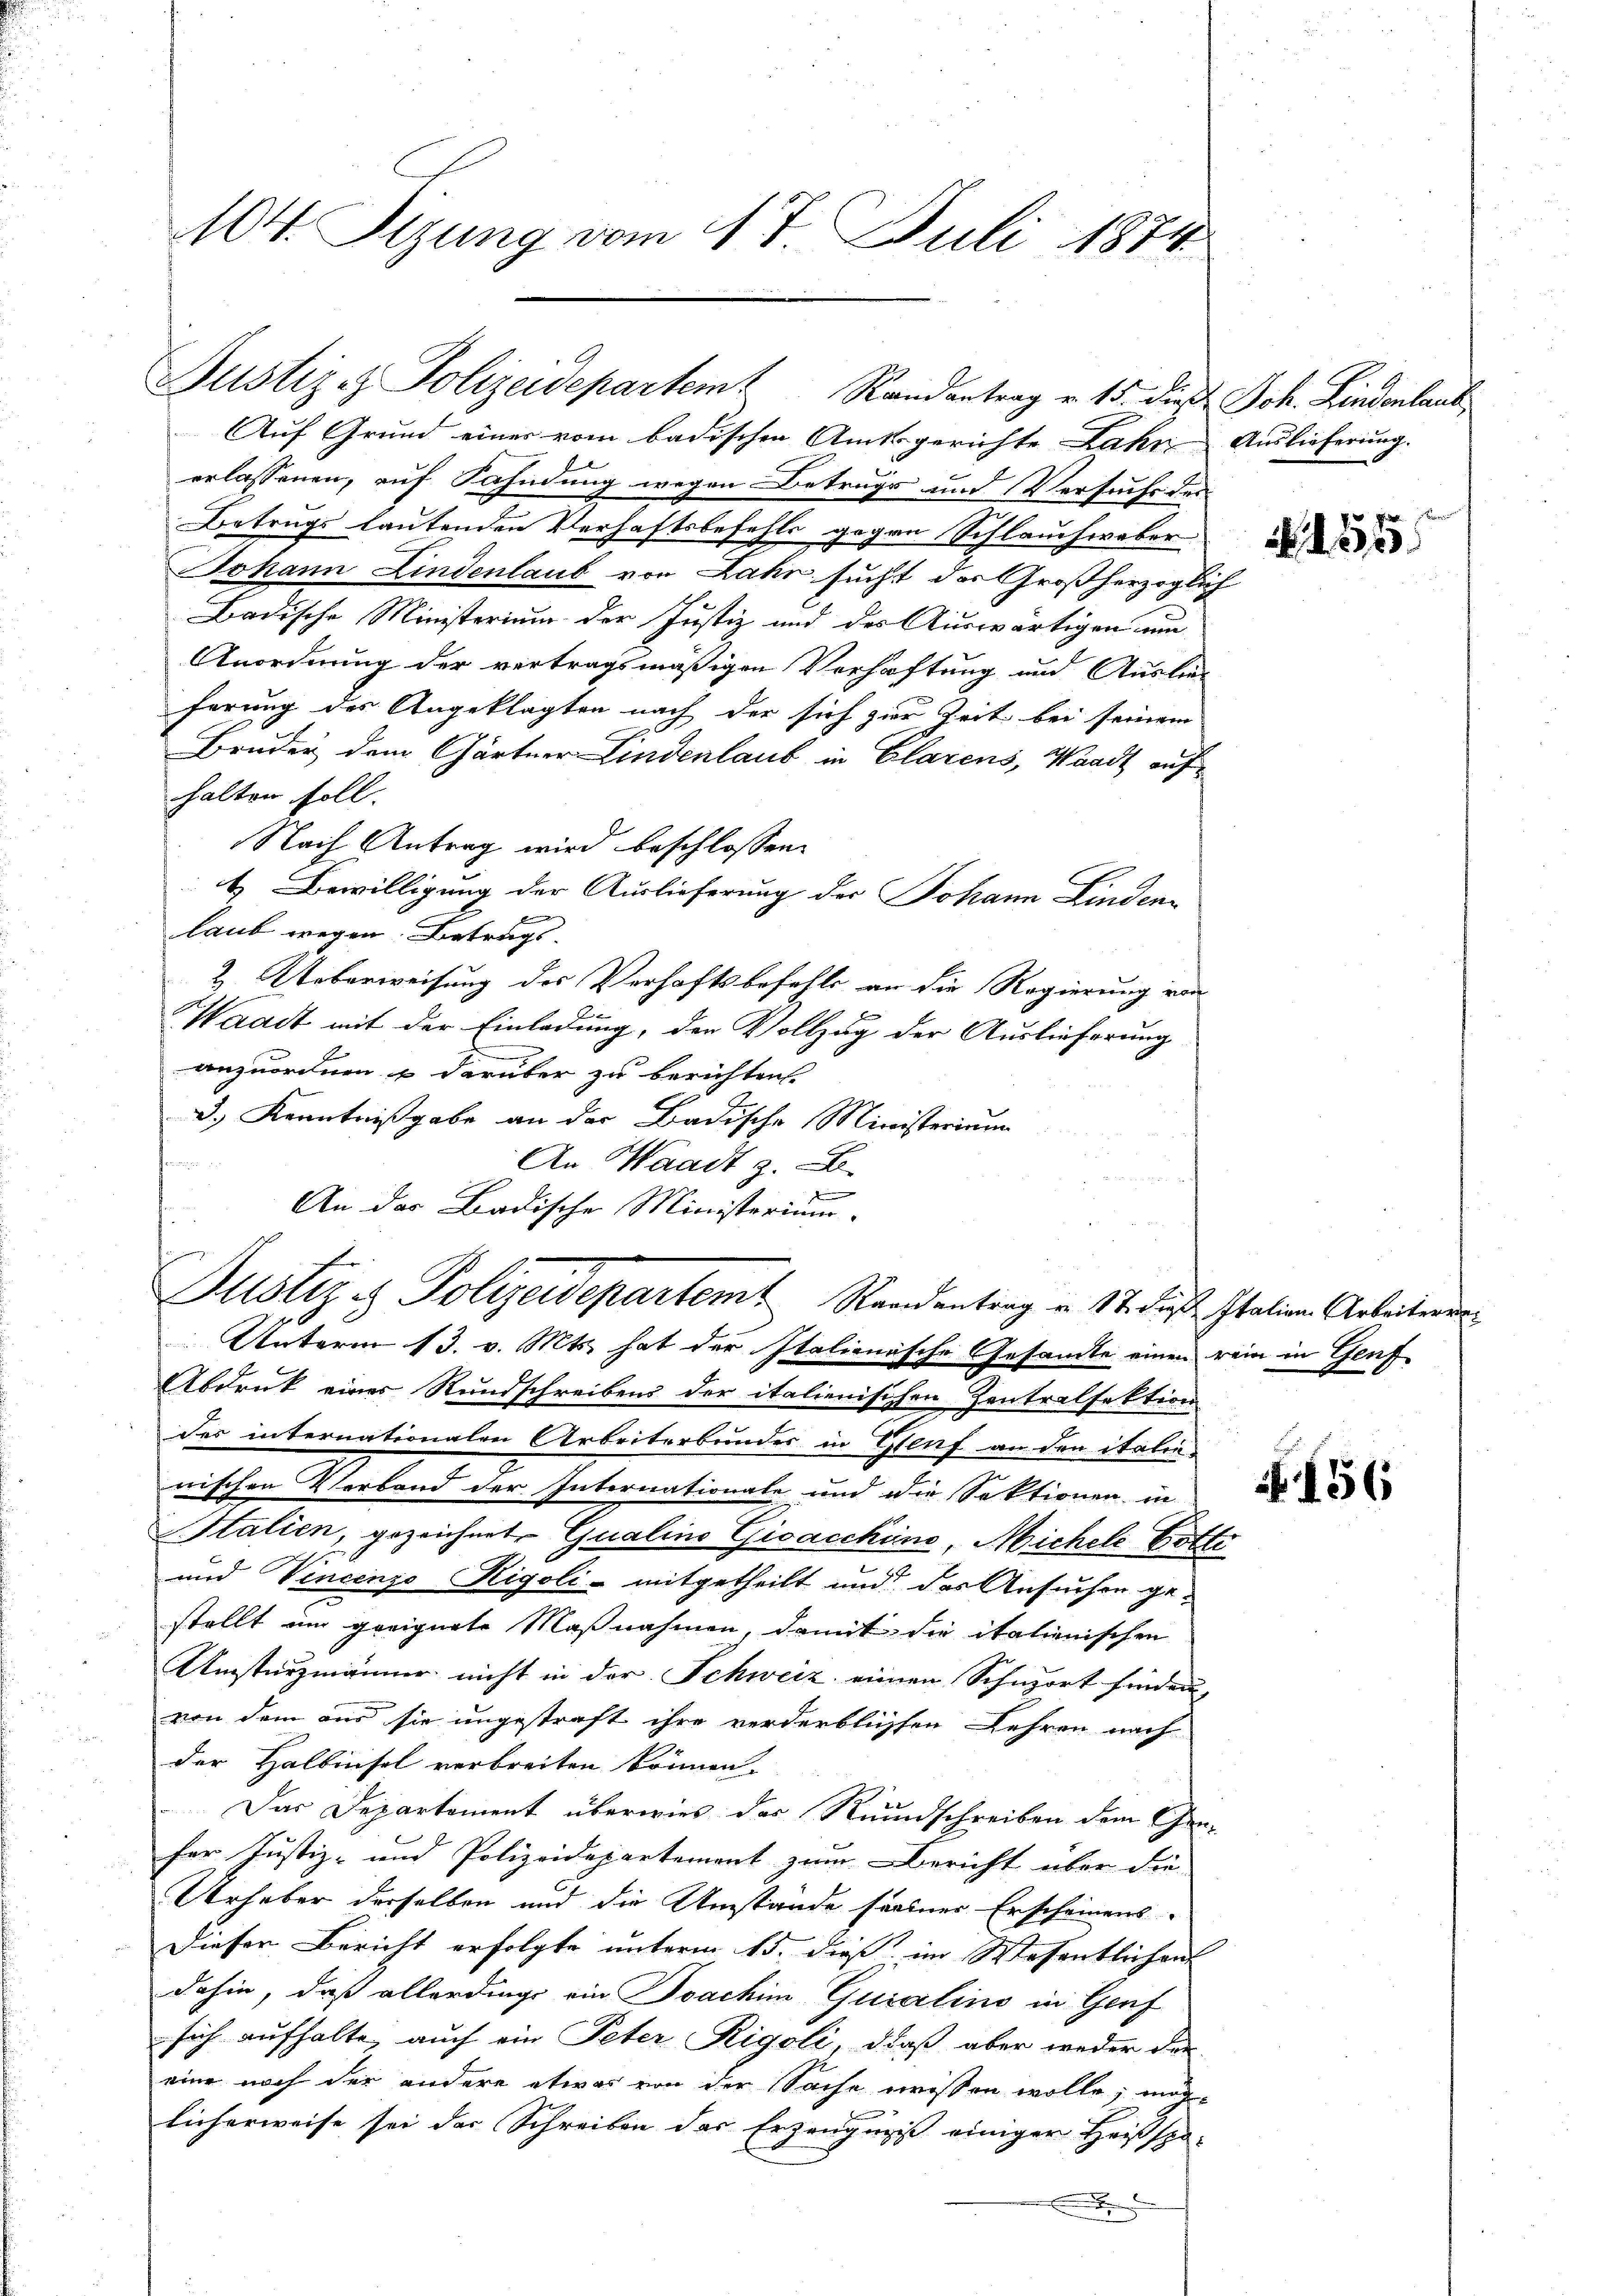
104. Sizung vom 17. Juli 1871

Auf Grund einer vom badischen Amtsgerichte Lahre Auslieferung.
erlassenen, auf Fahndung wegen Betrugs und Versuchs des
Betrugs lautenden Verhaftsbefehls gegen Schlauchwaber
Johann Lindenlaub von Lahr sucht der Großherzoglich
Badische Ministerium der Justiz und des Auswärtigen um
Anordnung der vertragsmäßigen Verhaftung und Auslie-
ferung des Angeklagten nach der sich zur Zeit bei seinem
Bruder dem Gärtner Lindenlaub in Clarens, Waadt auf
halten soll.
Nach Antrag wird beschlossen:
b. Bewilligung der Auslieferung der Johann Linden
f
laub wegen Betrags-
2. Ueberweisung des Verhaftsbefehls an die Regierung von
Waadt mit der Einladung, der Vollzug der Auslieferung
anzuordnen u darüber zu berichten.
3.) Kenntnißgabe an der Badische Ministerium
henen
An Waadt z. B.
f
An das Badische Ministerium.
Unterm 13. v. Mts. hat der Italienasche Gesandte einen rein in Genf
Abdruck eines Rundschreibens der italienischen Zentralfektion
des internationalen Arbeiterbunder in Genf an den italie
nischen Verband der Internationale und die Sektionen in
Italien, gezeichnet Qualino Gisacchine, Michele Ertr
und Vincenzo Rigoli - mitgetheilt und das Ansuchen gestellt um geeignete Maßnahmen, damit die italienischen
Umsturzmänner nicht in der Schweiz einen Schnort finden,
von dem aus sie ungestraft ihre verderblichen Lehren nach
der Halbinsel verbreiten können.
Das Departement überwies das Rundschreiben dem Gra-
fer Justiz- und Polizeidepartement zum Bericht über die
Urheber derselben und die Umstände fallner Erscheinens-
Dieser Bericht erfolgte unterm 15. dieß im Wesentlichen
dahin, daß allerdings ein Joachim Qualino in Genf
sich aufhalte, auch ein Peter Rigoli, daß aber weder die
eine noch der andere etwas von der Sache wissen wolle, mög-
licherweise sei der Schreiben das Erzeugniß einiger Heißspo-
x

Justiz & Polizeidepartem Randantrag v. 15. dies Joh. Lindenlaub

Justiz & Polizeidepartem Standentrag u. 17. dieß Italien Arbeiteren

P. Spielen
400

156